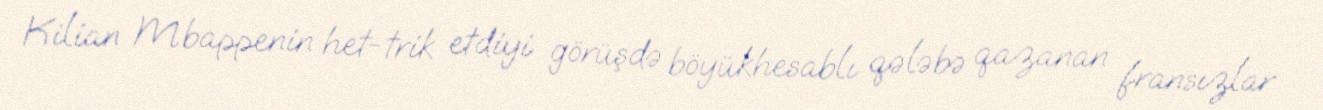
Kilian Mbappenin het-trik etdiyi görüşdə böyükhesablı qələbə qazanan fransızlar